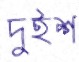
দুইশ